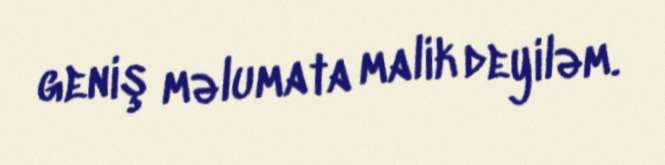
geniş məlumata malik deyiləm.